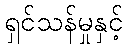
ရှင်သန်မှုနှင့်